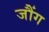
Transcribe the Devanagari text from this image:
जौंग